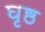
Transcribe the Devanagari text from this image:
घृष्ठ